Civil Veterinary Dept. North-West Frontier Province 1933-46 - 1933-1946
Year: 1933
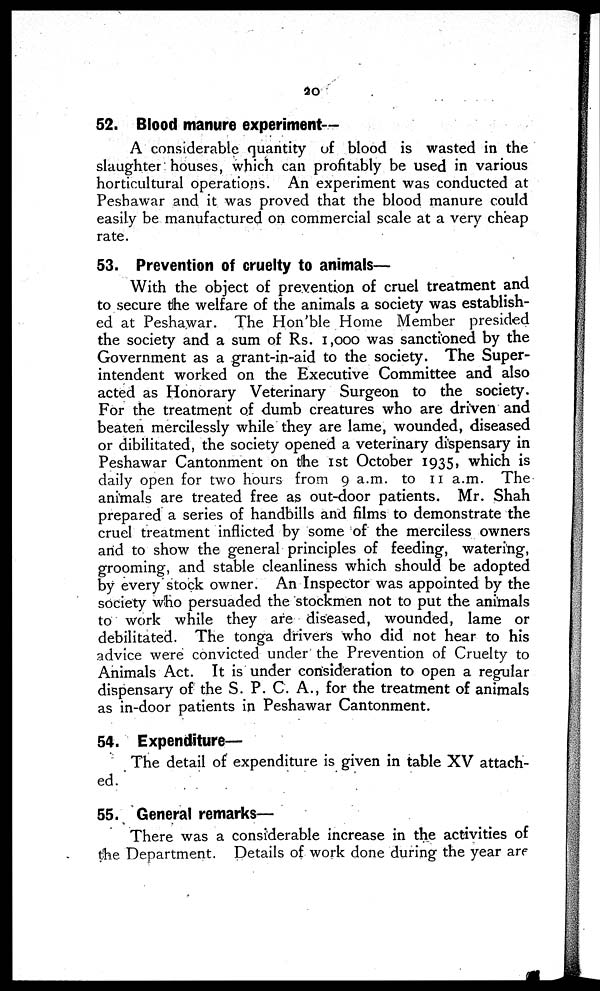
20
52. Blood manure experiment—
A considerable quantity of blood is wasted in the
slaughter houses, which can profitably be used in various
horticultural operations. An experiment was conducted at
Peshawar and it was proved that the blood manure could
easily be manufactured on commercial scale at a very cheap
rate.
53. Prevention of cruelty to animals—
With the object of prevention of cruel treatment and
to secure the welfare of the animals a society was establish-
ed at Peshawar. The Hon'ble Home Member presided
the society and a sum of Rs. 1,000 was sanctioned by the
Government as a grant-in-aid to the society. The Super-
intendent worked on the Executive Committee and also
acted as Honorary Veterinary Surgeon to the society.
For the treatment of dumb creatures who are driven and
beaten mercilessly while they are lame, wounded, diseased
or dibilitated, the society opened a veterinary dispensary in
Peshawar Cantonment on the 1st October 1935, which is
daily open for two hours from 9 a.m. to 11 a.m. The
animals are treated free as out-door patients. Mr. Shah
prepared a series of handbills and films to demonstrate the
cruel treatment inflicted by some of the merciless owners
and to show the general principles of feeding, watering,
grooming, and stable cleanliness which should be adopted
by every stock owner. An Inspector was appointed by the
society who persuaded the stockmen not to put the animals
to work while they are diseased, wounded, lame or
debilitated. The tonga drivers who did not hear to his
advice were convicted under the Prevention of Cruelty to
Animals Act. It is under consideration to open a regular
dispensary of the S. P. C. A., for the treatment of animals
as in-door patients in Peshawar Cantonment.
54. Expenditure—
The detail of expenditure is given in table XV attach-
ed.
55. General remarks—
There was a considerable increase in the activities of
the Department. Details of work done during the year are